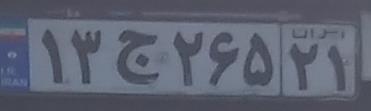
۱۳ج۲۶۵۲۱